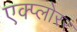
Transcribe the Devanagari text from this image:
एक्प्लोरर